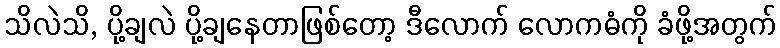
သိလဲသိ, ပို့ချလဲ ပို့ချနေတာဖြစ်တော့ ဒီလောက် လောကဓံကို ခံဖို့အတွက်